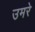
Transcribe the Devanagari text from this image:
उमरे